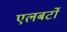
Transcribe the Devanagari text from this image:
एलबर्टो